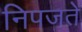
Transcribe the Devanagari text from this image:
निपजते